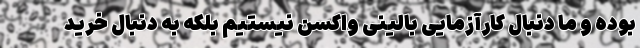
بوده و ما دنبال کارآزمایی بالینی واکسن ‌نیستیم بلکه به دنبال خرید